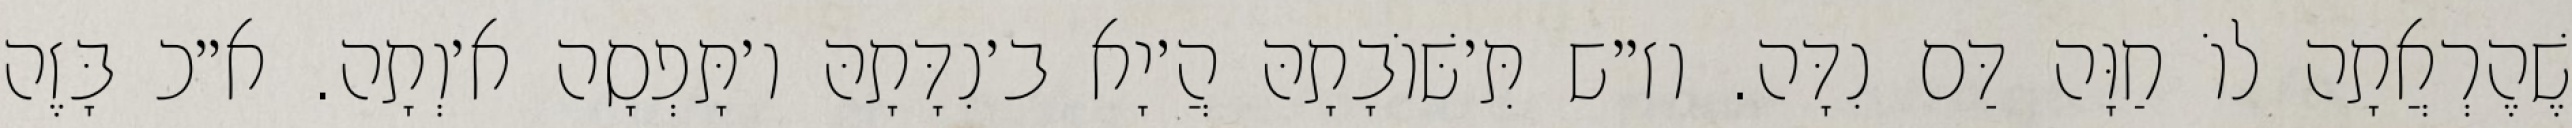
שֶׁהֶרְאֲתָה לוֹ חַוָּה דַּם נִדָּה. וז״ש תִּ׳שּׁוֹבָתָהּ הֲ׳יָא ב׳נִדָּתָהּ ו׳תָּפְסָה א׳וְתָה. א״כ בָּזֶה